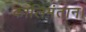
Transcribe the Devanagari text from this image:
कालिमंतान।